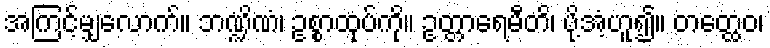
အကြင့်မျှလောက်။ ဘဏ္ဍိဏံ၊ ဥစ္စာထုပ်ကို။ ဥတ္တာရေမီတိ၊ ပို့အံ့ဟူ၍။ တတ္ထေဝ၊